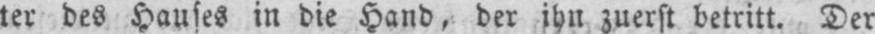
ter des Hauses in die Hand, der ihn zuerst betritt. Der